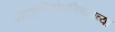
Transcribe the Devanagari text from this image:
वज्रसूचीकोपनिषदाच्या